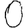
Digit: 0